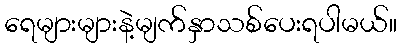
ရေများများနဲ့မျက်နှာသစ်ပေးရပါမယ်။